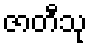
ဇာတီသု